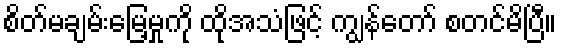
စိတ်မချမ်းမြေ့မှုကို ထိုအသံဖြင့် ကျွန်တော် စတင်မိပြီ။